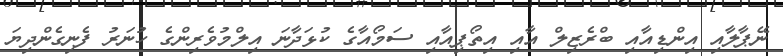
ނޭޕާލާއި އިންޑިއާއި ބްރެޒިލް އާއި އިތޯޕިއާއި ސަމޯއާގެ ކުޅަދާނަ އިލްމުވެރިންގެ ހުނަރު ފެނިގެންދިޔަ